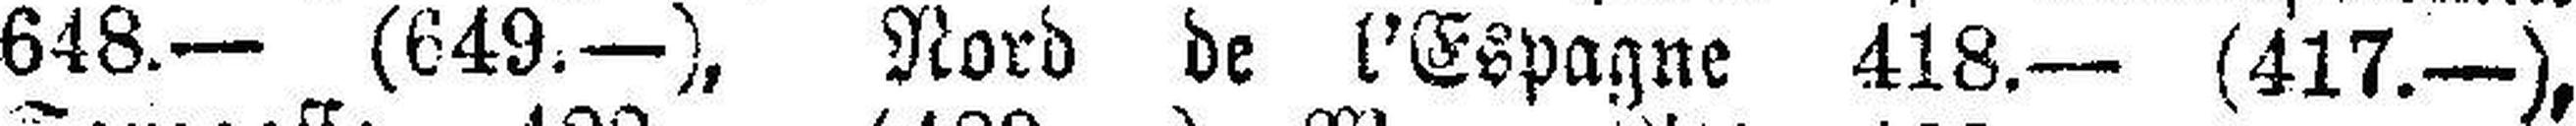
648.— (649.—), Nord de l'Espagne 418.— (417.—),